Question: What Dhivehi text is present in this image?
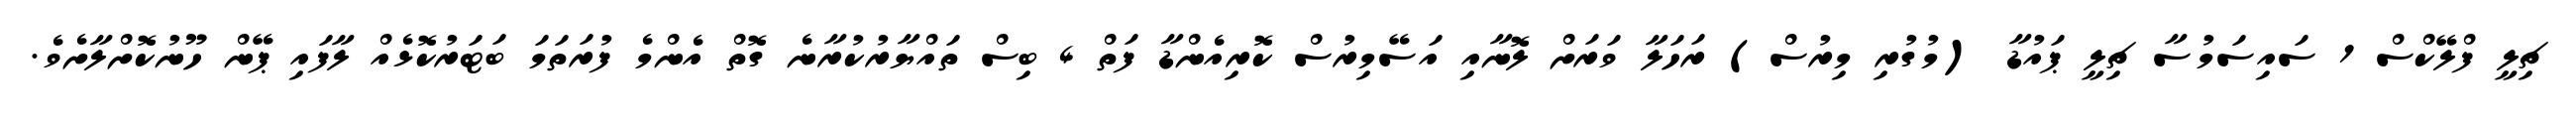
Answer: ޗިލީ ފްލޭކްސް 1 ސައިސަމުސާ ޗިލީ ޕައުޑާ (މުގުރި މިރުސް) ރަހަލާ ވަރަށް ލޮނާއި އަސޭމިރުސް ކޮރިއެންޑާ ފަތް 4 ބިސް ތައްޔާރުކުރާނެ ގޮތް އެންމެ ފުރަތަމަ ބަޓަރުކޮޅެއް ލާފައި ޕޭން ހޫނުކޮށްލާށެވެ.